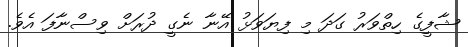
ޝާފީގެ ހިތްވަރު ގަދަ މި ފިޔަވަޅު އޭނާ ނެގީ ދުރަށް ވިސްނާފަ އެވެ.